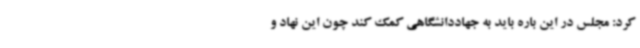
کرد: مجلس در این باره باید به جهاددانشگاهی کمک کند چون این نهاد و